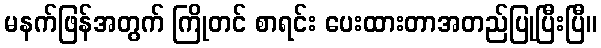
မနက်ဖြန်အတွက် ကြိုတင် စာရင်း ပေးထားတာအတည်ပြုပြီးပြီ။